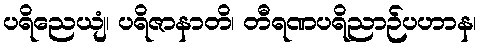
ပရိညေယျံ၊ ပရိဇာနာတိ၊ တီရဏပရိညာဉ်ပဟာန၊